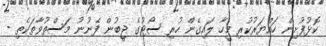
ކޮޅުފުށިން ހައްޔަރުކުރި މީހާ ލައިގެން ހުރި ސޯޓުގެ ޖީބުން ފެނުނު މަސްތުވާތަކެތި -